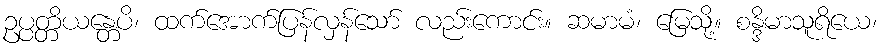
ဥပ္ပတ္တိယန္တေပိ၊ ထက်အောက်ပြန်လှန်သော် လည်းကောင်း။ ဆမာမံ၊ မြေသို့။ စန္ဒိမာသူရိယေ၊